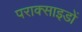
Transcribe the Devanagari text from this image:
पराक्साइडों